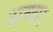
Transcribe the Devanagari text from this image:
अच्‍चा